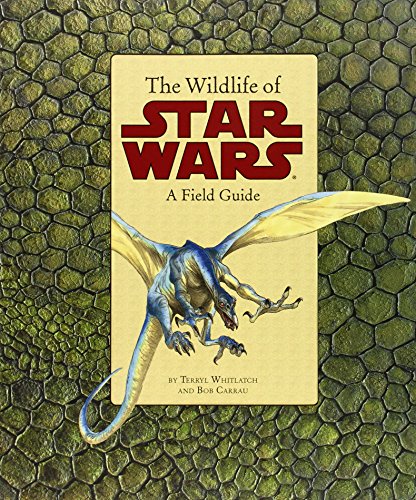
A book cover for The Wildlife of Star Wars: A Field Guide; Terryl Whitlatch; Humor & Entertainment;